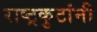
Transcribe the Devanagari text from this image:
राष्ट्रकुटांनी